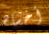
أخشاه